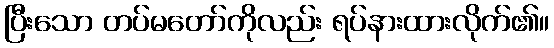
ပြီးသော တပ်မတော်ကိုလည်း ရပ်နားထားလိုက်၏။